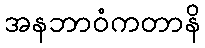
အနဘာဝံကတာနိ